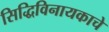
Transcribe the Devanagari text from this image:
सिद्धिविनायकाचे